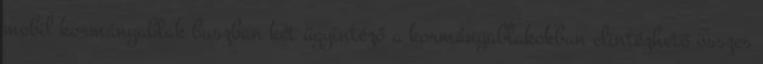
mobil kormányablak buszban két ügyintéző a kormányablakokban elintézhető összes